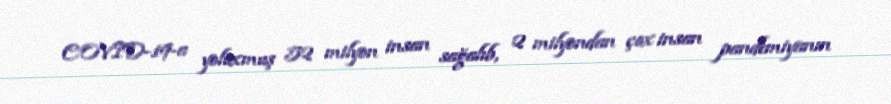
COVID-19-a yoluxmuş 52 milyon insan sağalıb, 2 milyondan çox insan pandemiyanın